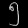
Digit: ၅